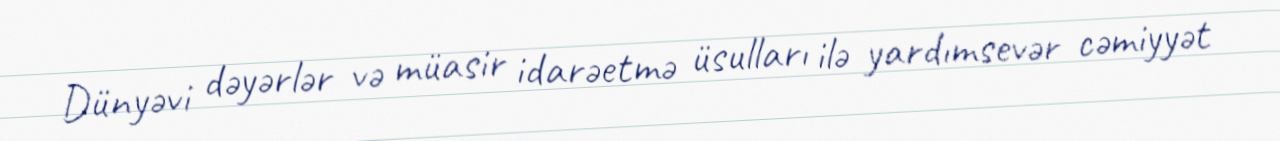
Dünyəvi dəyərlər və müasir idarəetmə üsulları ilə yardımsevər cəmiyyət